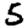
Digit: 5